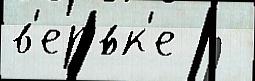
в'ер'́вк'е